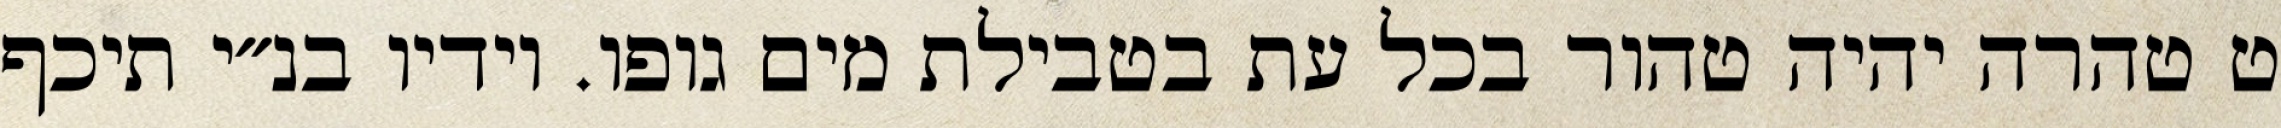
ט טהרה יהיה טהור בכל עת בטבילת מים גופו. וידיו בנ״י תיכף